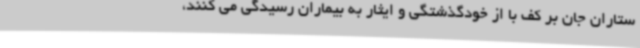
ستاران جان بر کف با از خودگذشتگی و ایثار به بیماران رسیدگی می کنند،